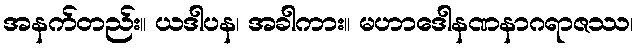
အနက်တည်း။ ယဒါပန၊ အခါကား။ မဟာဒေါနဏနာဂရာဇဿ၊